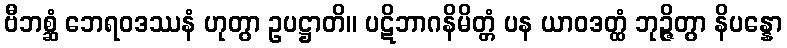
ဗီဘစ္ဆံ ဘေရဝဒဿနံ ဟုတွာ ဥပဋ္ဌာတိ။ ပဋိဘာဂနိမိတ္တံ ပန ယာဝဒတ္ထံ ဘုဉ္ဇိတွာ နိပန္နော